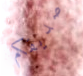
صديقكم